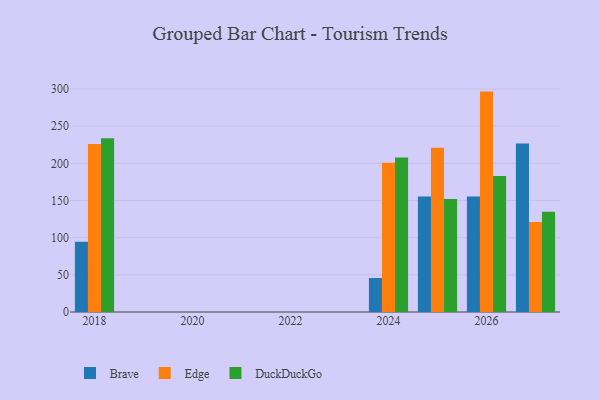
{"axis": {"x": "Year", "y": "Revenue (USD Million)"}, "legend": ["Brave", "DuckDuckGo", "Edge"], "data": [{"x": "2026", "y": 155.4, "type": "Brave"}, {"x": "2026", "y": 296.5, "type": "Edge"}, {"x": "2026", "y": 183.1, "type": "DuckDuckGo"}, {"x": "2018", "y": 94.6, "type": "Brave"}, {"x": "2018", "y": 226.1, "type": "Edge"}, {"x": "2018", "y": 233.7, "type": "DuckDuckGo"}, {"x": "2027", "y": 226.7, "type": "Brave"}, {"x": "2027", "y": 121.0, "type": "Edge"}, {"x": "2027", "y": 135.0, "type": "DuckDuckGo"}, {"x": "2024", "y": 45.7, "type": "Brave"}, {"x": "2024", "y": 200.7, "type": "Edge"}, {"x": "2024", "y": 207.8, "type": "DuckDuckGo"}, {"x": "2025", "y": 155.5, "type": "Brave"}, {"x": "2025", "y": 220.8, "type": "Edge"}, {"x": "2025", "y": 151.9, "type": "DuckDuckGo"}]}